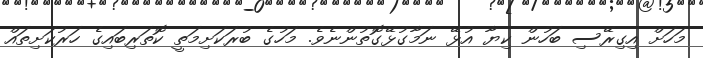
މަހަށް އިގިރޭސި ބަހުން ކިޔާ އުޅޭ ނަމާގުޅޭގޮތުންނެވެ. މަހުގެ ބުރަކަށިމަތީ ކޮތަރިބައިގެ ހަރުކަށިތައް